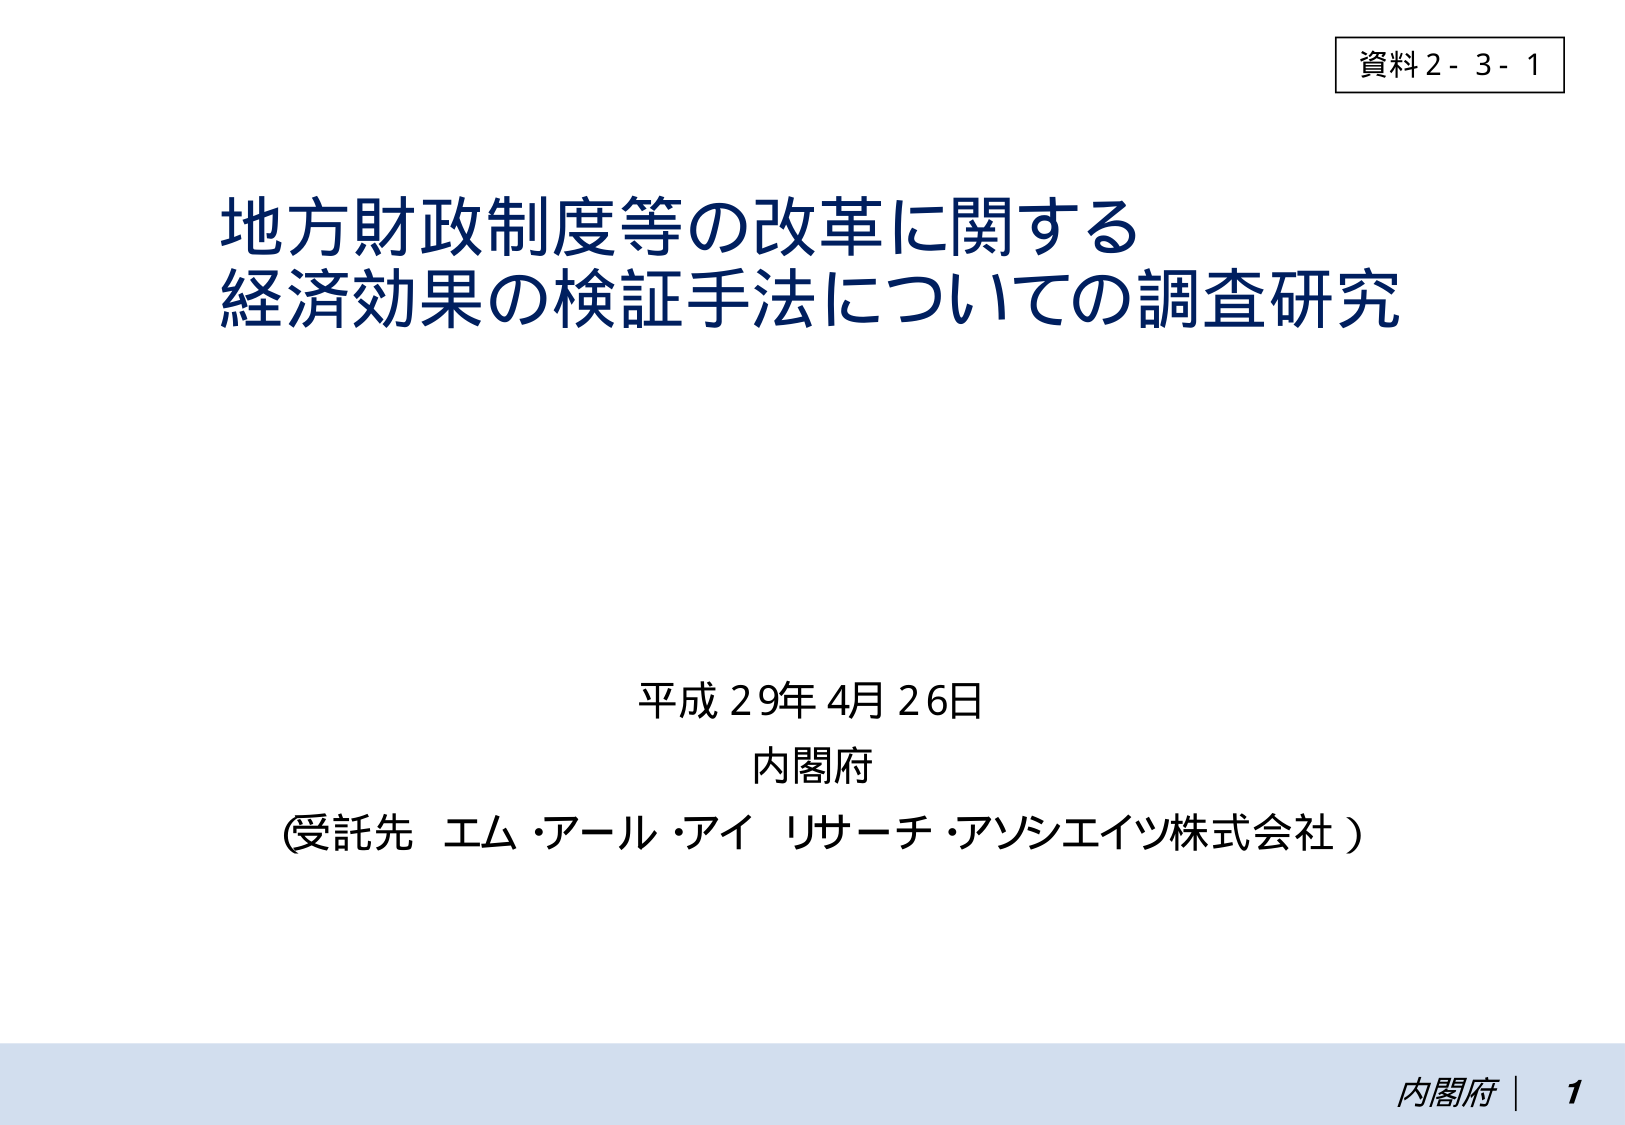
資料2-3-1

地方財政制度等の改革に関する
経済効果の検証手法についての調査研究

平成29年4月26日
内閣府
（受託先 エム・アール・アイ リサーチ・アソシエイツ株式会社）

内閣府 | 1